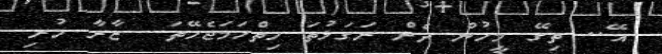
އޭ.. ތިގޭ މީހުން ދެން ރަގަޅުތަ ހިތްހަމަޖެހޭތަ  ޒާރާ ހުރި